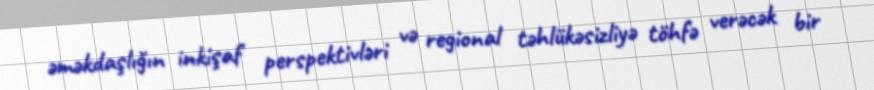
əməkdaşlığın inkişaf perspektivləri və regional təhlükəsizliyə töhfə verəcək bir